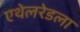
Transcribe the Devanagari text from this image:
एथेलरेडला